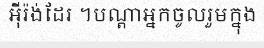
អ៊ីរ៉ង់ដែរ ។បណ្តាអ្នកចូលរួមក្នុង